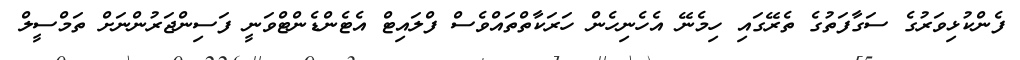
ފެންކުޅިވަރުގެ ސަގާފަތުގެ ތެރޭގައި ހިމެނޭ އެހެނިހެން ހަރަކާތްތައްވެސް ފްލައިޓް އެޓެންޑެންޓްވަނީ ފަސިންޖަރުންނަށް ތަމްސީލް